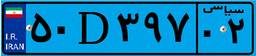
۰۲D۹۷۳۰۲